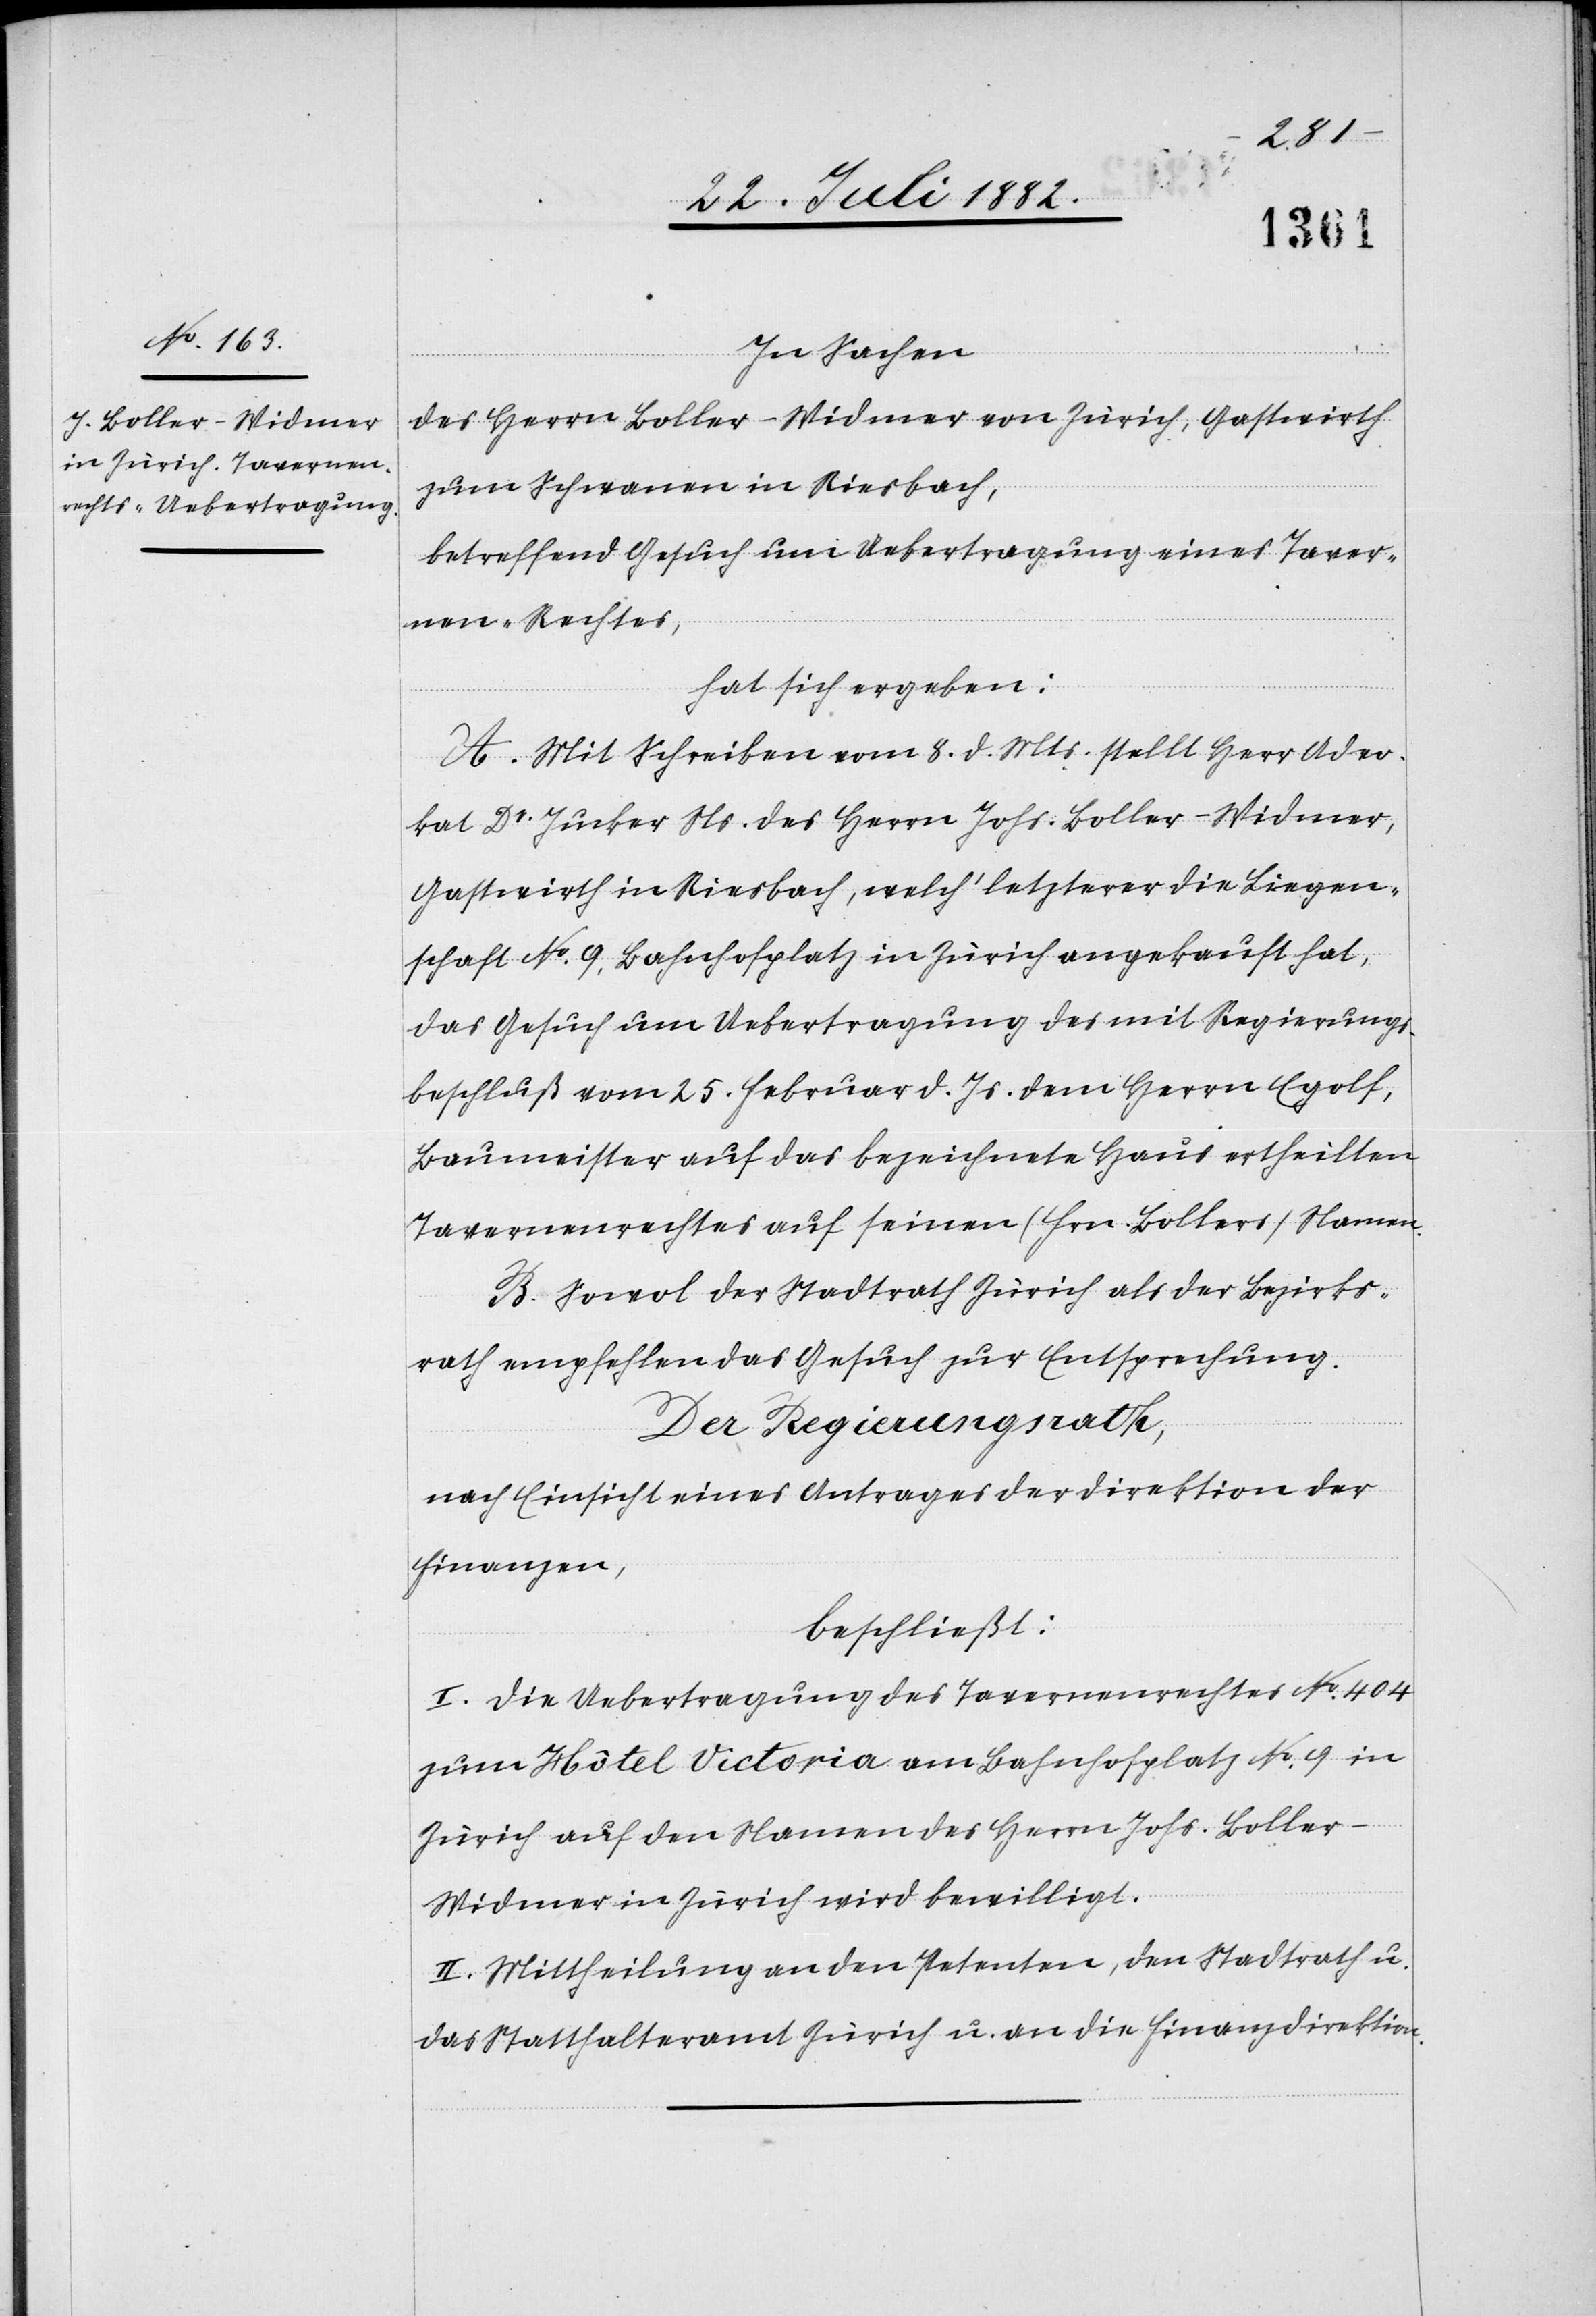
In Sachen
des Herrn Boller-Widmer von Zürich, Gastwirth
zum Schwanen in Riesbach,
betreffend Gesuch um Uebertragung eines Taver¬
nen-Rechtes,
hat sich ergeben:
A. Mit Schreiben vom 8. d. Mts stellt Herr Advo¬
kat Dr Jucker Ns. des Herrn Johs. Boller-Widmer,
Gastwirth in Riesbach, welch‘ letzterer die Liegen¬
schaft No 9, Bahnhofplatz in Zürich angekauft hat,
das Gesuch um Uebertragung des mit Regierungs¬
beschluß vom 25. Februar d. Js. dem Herrn Egolf,
Baumeister, auf das bezeichnete Haus ertheilten
Tavernenrechtes auf seinen (Hrn. Bollers) Namen.
B. Sowol der Stadtrath Zürich als der Bezirks¬
rath empfehlen das Gesuch zur Entsprechung.
Der Regierungsrath,
nach Einsicht eines Antrages der Direktion der
Finanzen,
beschließt:
I. Die Uebertragung des Tavernenrechtes No 404
zum Hôtel Victoria am Bahnhofplatz No 9 in
Zürich auf den Namen des Herrn Johs. Boller-W¬
idmer in Zürich wird bewilligt.
II. Mittheilung an den Petenten, den Stadtrath u.
das Statthalteramt Zürich u. an die Finanzdirektion